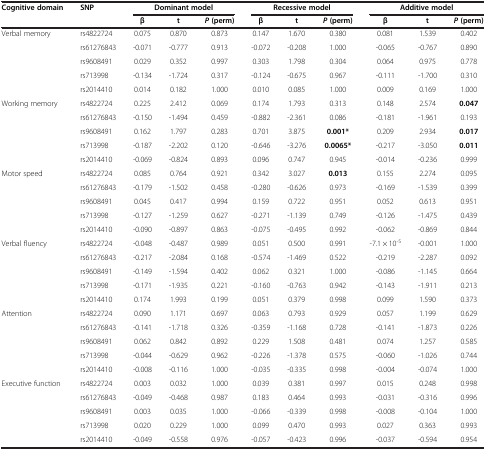
<table><thead><tr><td><b>Cognitive domain</b></td><td><b>SNP</b></td><td colspan="3"><b>Dominant model</b></td><td colspan="3"><b>Recessive model</b></td><td colspan="3"><b>Additive model</b></td></tr><tr><td><b> </b></td><td><b> </b></td><td><b>β</b></td><td><b>t</b></td><td><b><i>P </i>(perm)</b></td><td><b>β</b></td><td><b>t</b></td><td><b><i>P </i>(perm)</b></td><td><b>β</b></td><td><b>t</b></td><td><b><i>P </i>(perm)</b></td></tr></thead><tbody><tr><td>Verbal memory</td><td>rs4822724</td><td>0.075</td><td>0.870</td><td>0.873</td><td>0.147</td><td>1.670</td><td>0.380</td><td>0.081</td><td>1.539</td><td>0.402</td></tr><tr><td> </td><td>rs61276843</td><td>-0.071</td><td>-0.777</td><td>0.913</td><td>-0.072</td><td>-0.208</td><td>1.000</td><td>-0.065</td><td>-0.767</td><td>0.890</td></tr><tr><td> </td><td>rs9608491</td><td>0.029</td><td>0.352</td><td>0.997</td><td>0.303</td><td>1.798</td><td>0.304</td><td>0.064</td><td>0.975</td><td>0.778</td></tr><tr><td> </td><td>rs713998</td><td>-0.134</td><td>-1.724</td><td>0.317</td><td>-0.124</td><td>-0.675</td><td>0.967</td><td>-0.111</td><td>-1.700</td><td>0.310</td></tr><tr><td> </td><td>rs2014410</td><td>0.014</td><td>0.182</td><td>1.000</td><td>0.010</td><td>0.085</td><td>1.000</td><td>0.009</td><td>0.169</td><td>1.000</td></tr><tr><td>Working memory</td><td>rs4822724</td><td>0.225</td><td>2.412</td><td>0.069</td><td>0.174</td><td>1.793</td><td>0.313</td><td>0.148</td><td>2.574</td><td><b>0.047</b></td></tr><tr><td> </td><td>rs61276843</td><td>-0.150</td><td>-1.494</td><td>0.459</td><td>-0.882</td><td>-2.361</td><td>0.086</td><td>-0.181</td><td>-1.961</td><td>0.193</td></tr><tr><td> </td><td>rs9608491</td><td>0.162</td><td>1.797</td><td>0.283</td><td>0.701</td><td>3.875</td><td><b>0.001*</b></td><td>0.209</td><td>2.934</td><td><b>0.017</b></td></tr><tr><td> </td><td>rs713998</td><td>-0.187</td><td>-2.202</td><td>0.120</td><td>-0.646</td><td>-3.276</td><td><b>0.0065*</b></td><td>-0.217</td><td>-3.050</td><td><b>0.011</b></td></tr><tr><td> </td><td>rs2014410</td><td>-0.069</td><td>-0.824</td><td>0.893</td><td>0.096</td><td>0.747</td><td>0.945</td><td>-0.014</td><td>-0.236</td><td>0.999</td></tr><tr><td>Motor speed</td><td>rs4822724</td><td>0.085</td><td>0.764</td><td>0.921</td><td>0.342</td><td>3.027</td><td><b>0.013</b></td><td>0.155</td><td>2.274</td><td>0.095</td></tr><tr><td> </td><td>rs61276843</td><td>-0.179</td><td>-1.502</td><td>0.458</td><td>-0.280</td><td>-0.626</td><td>0.973</td><td>-0.169</td><td>-1.539</td><td>0.399</td></tr><tr><td> </td><td>rs9608491</td><td>0.045</td><td>0.417</td><td>0.994</td><td>0.159</td><td>0.722</td><td>0.951</td><td>0.052</td><td>0.613</td><td>0.951</td></tr><tr><td> </td><td>rs713998</td><td>-0.127</td><td>-1.259</td><td>0.627</td><td>-0.271</td><td>-1.139</td><td>0.749</td><td>-0.126</td><td>-1.475</td><td>0.439</td></tr><tr><td> </td><td>rs2014410</td><td>-0.090</td><td>-0.897</td><td>0.863</td><td>-0.075</td><td>-0.495</td><td>0.992</td><td>-0.062</td><td>-0.869</td><td>0.844</td></tr><tr><td>Verbal fluency</td><td>rs4822724</td><td>-0.048</td><td>-0.487</td><td>0.989</td><td>0.051</td><td>0.500</td><td>0.991</td><td>-7.1 × 10<sup>-5</sup></td><td>-0.001</td><td>1.000</td></tr><tr><td> </td><td>rs61276843</td><td>-0.217</td><td>-2.084</td><td>0.168</td><td>-0.574</td><td>-1.469</td><td>0.522</td><td>-0.219</td><td>-2.287</td><td>0.092</td></tr><tr><td> </td><td>rs9608491</td><td>-0.149</td><td>-1.594</td><td>0.402</td><td>0.062</td><td>0.321</td><td>1.000</td><td>-0.086</td><td>-1.145</td><td>0.664</td></tr><tr><td> </td><td>rs713998</td><td>-0.171</td><td>-1.935</td><td>0.221</td><td>-0.160</td><td>-0.763</td><td>0.942</td><td>-0.143</td><td>-1.911</td><td>0.213</td></tr><tr><td> </td><td>rs2014410</td><td>0.174</td><td>1.993</td><td>0.199</td><td>0.051</td><td>0.379</td><td>0.998</td><td>0.099</td><td>1.590</td><td>0.373</td></tr><tr><td>Attention</td><td>rs4822724</td><td>0.090</td><td>1.171</td><td>0.697</td><td>0.063</td><td>0.793</td><td>0.929</td><td>0.057</td><td>1.199</td><td>0.629</td></tr><tr><td> </td><td>rs61276843</td><td>-0.141</td><td>-1.718</td><td>0.326</td><td>-0.359</td><td>-1.168</td><td>0.728</td><td>-0.141</td><td>-1.873</td><td>0.226</td></tr><tr><td> </td><td>rs9608491</td><td>0.062</td><td>0.842</td><td>0.892</td><td>0.229</td><td>1.508</td><td>0.481</td><td>0.074</td><td>1.257</td><td>0.585</td></tr><tr><td> </td><td>rs713998</td><td>-0.044</td><td>-0.629</td><td>0.962</td><td>-0.226</td><td>-1.378</td><td>0.575</td><td>-0.060</td><td>-1.026</td><td>0.744</td></tr><tr><td> </td><td>rs2014410</td><td>-0.008</td><td>-0.116</td><td>1.000</td><td>-0.035</td><td>-0.335</td><td>0.998</td><td>-0.004</td><td>-0.074</td><td>1.000</td></tr><tr><td>Executive function</td><td>rs4822724</td><td>0.003</td><td>0.032</td><td>1.000</td><td>0.039</td><td>0.381</td><td>0.997</td><td>0.015</td><td>0.248</td><td>0.998</td></tr><tr><td> </td><td>rs61276843</td><td>-0.049</td><td>-0.468</td><td>0.987</td><td>0.183</td><td>0.464</td><td>0.993</td><td>-0.031</td><td>-0.316</td><td>0.996</td></tr><tr><td> </td><td>rs9608491</td><td>0.003</td><td>0.035</td><td>1.000</td><td>-0.066</td><td>-0.339</td><td>0.998</td><td>-0.008</td><td>-0.104</td><td>1.000</td></tr><tr><td> </td><td>rs713998</td><td>0.020</td><td>0.229</td><td>1.000</td><td>0.099</td><td>0.470</td><td>0.993</td><td>0.027</td><td>0.363</td><td>0.993</td></tr><tr><td> </td><td>rs2014410</td><td>-0.049</td><td>-0.558</td><td>0.976</td><td>-0.057</td><td>-0.423</td><td>0.996</td><td>-0.037</td><td>-0.594</td><td>0.954</td></tr></tbody></table>